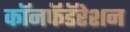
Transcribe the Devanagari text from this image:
कॉनफॅडॅरेशन